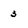
Character: 3